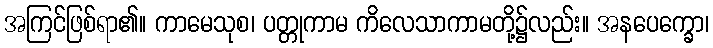
အကြင်ဖြစ်ရာ၏။ ကာမေသုစ၊ ပတ္တုကာမ ကိလေသာကာမတို့၌လည်း။ အနပေက္ခော၊